Report on vaccination in Madras 1904-1921 - 1904-1921
Year: 1904
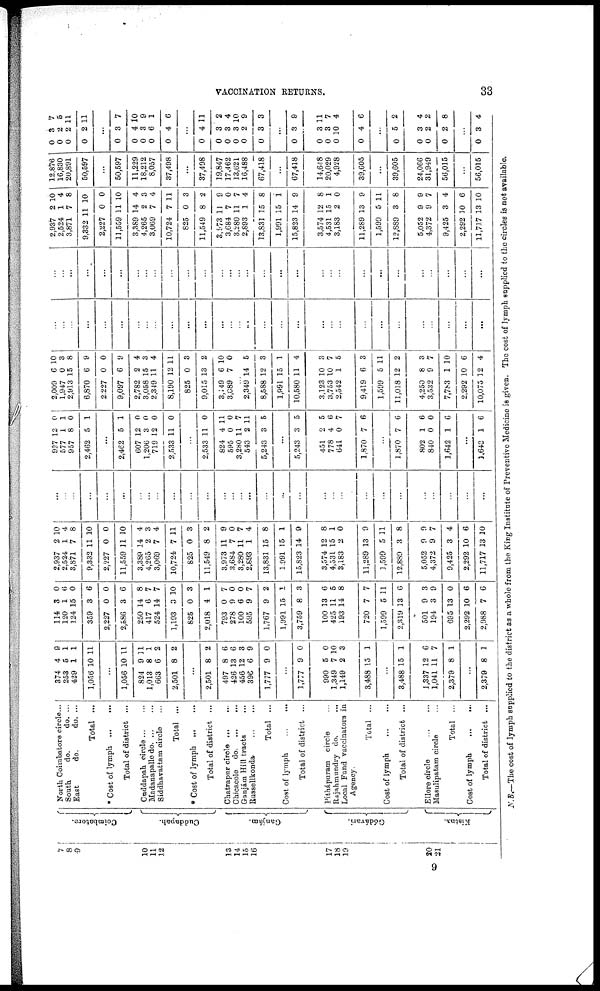
VACCINATION RETURNS.
33
7
8
9
10
11
12
13
14
15
16
17
18
19
20
21
Coimbatore.
Cuddapah.
Ganjám.
Gódávari.
Kistna.
North Coimbatore circle...
South
do.
do. ...
East
do.
do. ...
Total ...
* Cost of lymph
Total of district ...
Cuddapah circle... ...
Madanapalle do. ... ...
Siddhavattam circle...
Total ...
* Cost of lymph ... ...
Total of district ...
Chatrapur circle... ...
Chicacole d
o
. ... ...
Ganjám Hill tracts...
Russellkonda...
...
Total ...
Cost of
lymph...
...
Total of district ...
Pithápuram circle...
Rajahmundry do.
...
Local Fund vaccinators in
Agency.
Total ...
Cost of
lymph...
...
Total of district ...
Ellore
circle...
...
Masulipatam circle...
Total ...
Cost of lymph
...
...
Total of district ...
374
253
429
1,056
...
1,056
824
1,013
663
2,501
...
2,501
497
426
456
396
1,777
...
1,777
990
1,349
1,149
3,488
...
3,488
1,337
1,041
2,379
4
5
1
10
...
10
9
8
6
8
...
8
8
13
12
6
9
...
9
5
7
2
15
...
15
12
11
8
9
1
1
11
...
11
11
1
2
2
...
2
6
6
3
9
0
...
0
0
10
3
1
...
1
6
7
1
...
2,379 8 1
114
120
124
359
2,227
2,586
250
417
524
1,193
825
2,018
793
278
100
595
1,767
1,991
3,759
100
425
193
720
1,599
2,319
501
194
695
2,292
2,988
3
1
15
3
0
3
14
6
14
3
0
4
0
9
6
9
9
15
8
13
11
14
7
5
13
9
3
13
10
7
0
6
0
6
0
6
8
7
7
10
3
1
7
0
0
7
2
1
3
6
5
8
7
11
6
3
9
0
6
6
2,937
2,524
3,871
9,332
2,227
11,559
3,389
4,265
3,069
10,724
825
11,549
3,973
3,684
3,280
2,893
13,831
1,991
15,823
3,574
4,531
3,183
11,289
1,599
12,889
5,052
4,372
9,425
2,292
11,717
2
1
7
11
0
11
14
2
7
7
0
8
11
7
11
1
15
15
14
12
15
2
13
5
3
9
9
3
10
13
10
4
8
10
0
10
4
3
4
11
3
2
9
0
7
4
8
1
9
8
1
0
9
11
8
9
7
4
6
10
...
...
...
...
...
...
...
...
...
...
...
...
...
...
...
...
...
...
...
...
...
...
...
...
...
...
...
...
...
...
927
577
957
2,462
...
2,462
607
1,206
719
2,533
12
1
8
5
...
5
12
3
12
11
0
1
0
1
...
1
0
0
0
0
...
2,533
824
595
3,280
543
5,243
11
4
0
11
2
3
0
11
0
7
11
5
...
5,243
451
778
641
1,870
3
2
4
0
7
5
5
6
7
6
...
1,870
802
840
1,642
7
1
0
1
6
6
0
6
...
1,642 1 6
2,009
1,947
2,913
6,870
2,227
9,097
2,782
3,058
2,349
8,190
825
9,015
3,149
3,089
6
0
15
6
0
6
2
15
11
12
0
13
6
7
10
3
8
9
0
9
4
3
4
11
3
2
10
0
...
2,349
8,588
1,991
10,580
3,123
3,753
2,542
9,419
1,599
11,018
4,250
3,532
7,783
2,292
10,075
14
12
15
11
10
10
1
6
5
12
8
9
1
10
12
5
3
1
4
3
7
5
3
11
2
3
7
10
6
4
...
...
...
...
...
...
...
...
...
...
...
...
...
...
...
...
...
...
...
...
...
...
...
...
...
...
...
...
...
...
...
...
...
...
...
...
...
...
...
...
...
...
...
...
...
...
...
...
...
...
...
...
...
...
...
...
...
...
...
...
2,937
2,524
3,871
9,332
2,227
11,559
3,389
4,265
3,069
10,724
825
11,549
3,973
3,684
3,280
2,893
13,831
1,991
15,823
3,574
4,531
3,183
11,289
1,599
12,889
5,052
4,372
9,425
2,292
11,717
2
1
7
11
0
11
14
2
7
7
0
8
11
7
11
1
15
15
14
12
15
2
13
5
3
9
9
3
10
13
10
4
8
10
0
10
4
3
4
11
3
2
9
0
7
4
8
1
9
8
1
0
9
11
8
9
7
4
6
10
12,876
16,830
20,891
50,597
...
50,597
11,229
18,212
8,057
37,498
...
37,498
19,847
17,462
13,621
16,488
67,418
...
67,418
14,648
20,029
4,928
39,605
...
39,605
24,066
31,949
56,015
...
56,015
0
0
0
0
...
0
0
0
0
0
3
2
2
2
...
3
4
3
6
4
7
5
11
11
...
7
10
9
1
6
...
0
0
0
0
0
0
...
0
0
0
0
0
...
0
0
0
0
...
0
4
3
3
3
2
3
...
3
3
3
10
4
...
5
3
2
2
...
3
11
2
4
10
9
3
...
9
11
7
4
6
...
2
4
2
8
...
4
N.B.—The cost of lymph supplied to the district as a whole from the King Institute of Preventive Medicine is given. The cost of lymph supplied to the circles is not available.
9